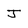
Character: j